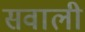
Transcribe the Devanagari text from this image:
सवाली